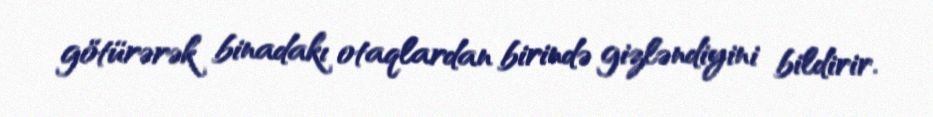
götürərək binadakı otaqlardan birində gizləndiyini bildirir.